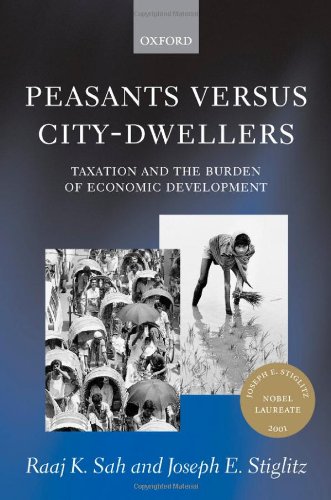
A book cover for Peasants versus City-Dwellers: Taxation and the Burden of Economic Development; Raaj K. Sah; Law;